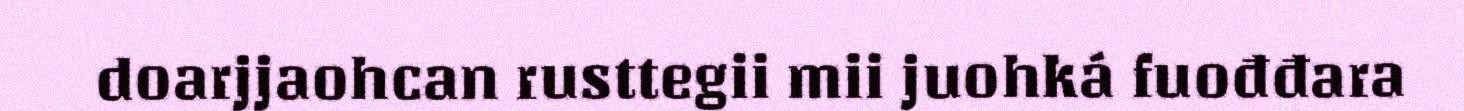
doarjjaohcan rusttegii mii juohká fuođđara